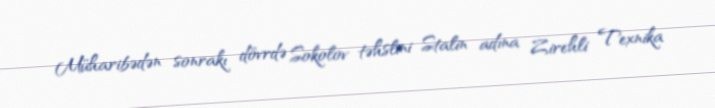
Müharibədən sonrakı dövrdə Sokolov təhslini Stalin adına Zirehli Texnika